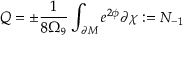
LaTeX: Q = \pm \frac { 1 } { 8 \Omega _ { 9 } } \int _ { \partial M } e ^ { 2 \phi } \partial \chi : = N _ { - 1 }